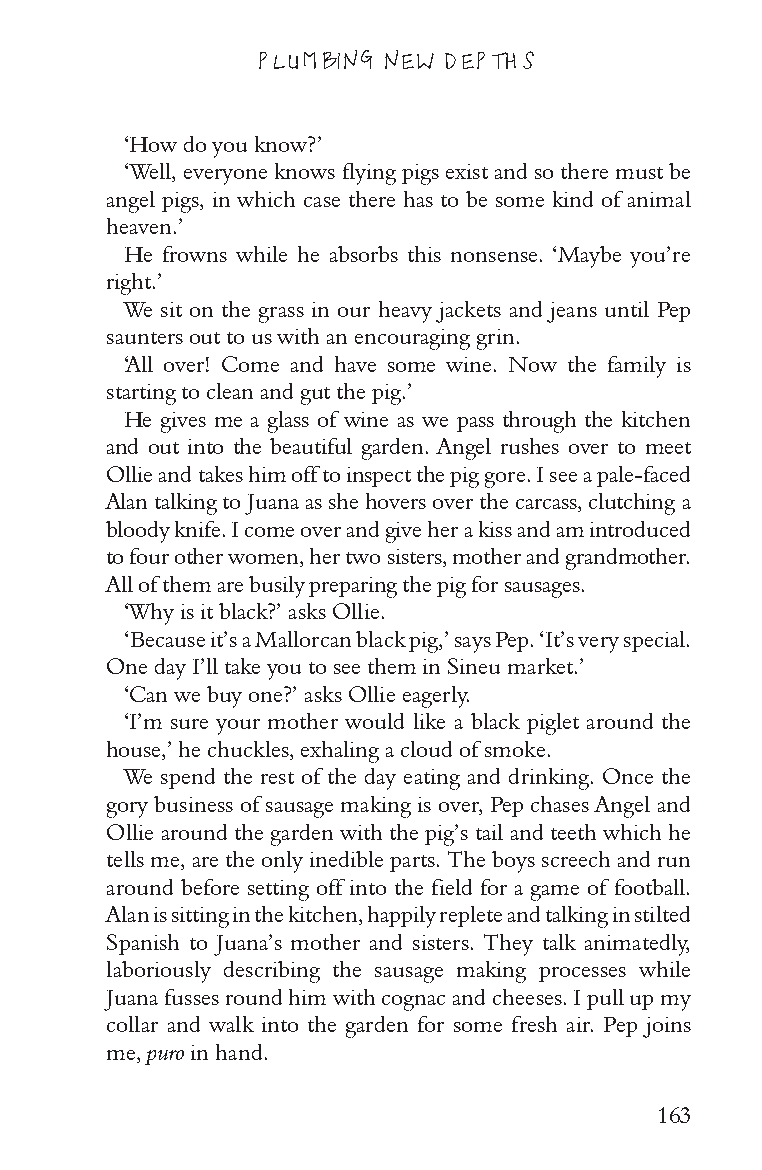
PLUMBING NEW DEPTHS
 ‘How do you know?’
 ‘Well, everyone knows flying pigs exist and so there must be
 angel pigs, in which case there has to be some kind of animal
 heaven.’
 He frowns while he absorbs this nonsense. ‘Maybe you’re
 right.’
 We sit on the grass in our heavy jackets and jeans until Pep
 saunters out to us with an encouraging grin.
 ‘All over! Come and have some wine. Now the family is
 starting to clean and gut the pig.’
 He gives me a glass of wine as we pass through the kitchen
 and out into the beautiful garden. Angel rushes over to meet
 Ollie and takes him off to inspect the pig gore. I see a pale-faced
 Alan talking to Juana as she hovers over the carcass, clutching a
 bloody knife. I come over and give her a kiss and am introduced
 to four other women, her two sisters, mother and grandmother.
 All of them are busily preparing the pig for sausages.
 ‘Why is it black?’ asks Ollie.
 ‘Because it’s a Mallorcan black pig,’ says Pep. ‘It’s very special.
 One day I’ll take you to see them in Sineu market.’
 ‘Can we buy one?’ asks Ollie eagerly.
 ‘I’m sure your mother would like a black piglet around the
 house,’ he chuckles, exhaling a cloud of smoke.
 We spend the rest of the day eating and drinking. Once the
 gory business of sausage making is over, Pep chases Angel and
 Ollie around the garden with the pig’s tail and teeth which he
 tells me, are the only inedible parts. The boys screech and run
 around before setting off into the field for a game of football.
 Alan is sitting in the kitchen, happily replete and talking in stilted
 Spanish to Juana’s mother and sisters. They talk animatedly,
 laboriously describing the sausage making processes while
 Juana fusses round him with cognac and cheeses. I pull up my
 collar and walk into the garden for some fresh air. Pep joins
 me, puro in hand.
 163